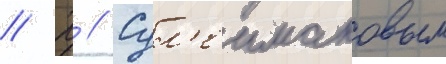
// Х // Сул'еимановым